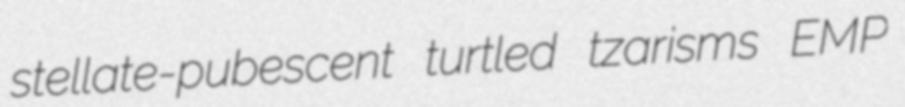
stellate-pubescent turtled tzarisms EMP